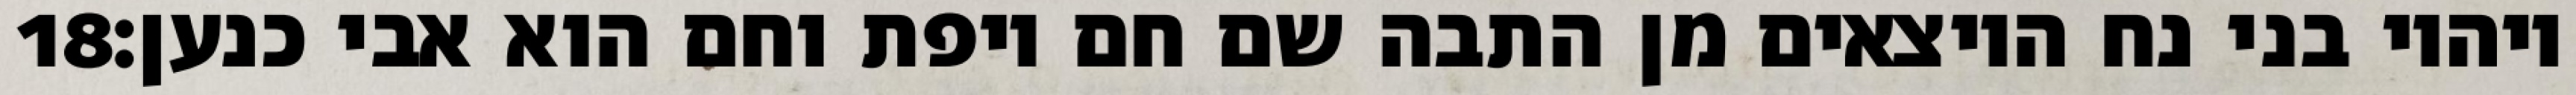
‎18‏ ויהיו בני נח היוצאים מן התבה שם חם ויפת וחם הוא אבי כנען׃